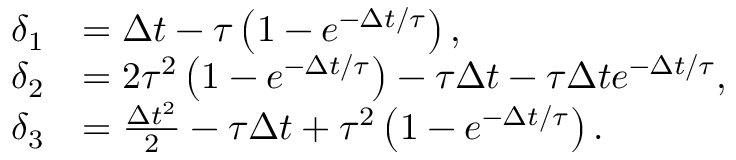
\begin{array} { r l } { \delta _ { 1 } } & { = \Delta t - \tau \left( { 1 - e ^ { - \Delta t / \tau } } \right) , } \\ { \delta _ { 2 } } & { = 2 \tau ^ { 2 } \left( { 1 - e ^ { - \Delta t / \tau } } \right) - \tau \Delta t - \tau \Delta t e ^ { - \Delta t / \tau } , } \\ { \delta _ { 3 } } & { = \frac { \Delta t ^ { 2 } } { 2 } - \tau \Delta t + \tau ^ { 2 } \left( { 1 - e ^ { - \Delta t / \tau } } \right) . } \end{array}